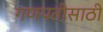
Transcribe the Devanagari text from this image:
गणपतीसाठी